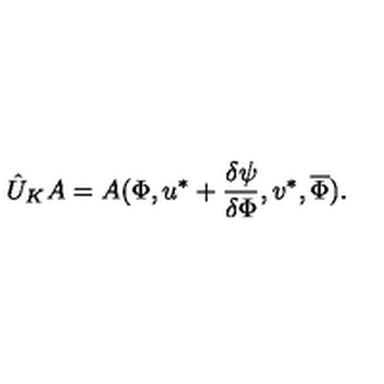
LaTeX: \hat { U } _ { K } A = A ( \Phi , u ^ { * } + \frac { \delta \psi } { \delta \Phi } , v ^ { * } , \overline { { \Phi } } ) .